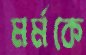
মর্মকে